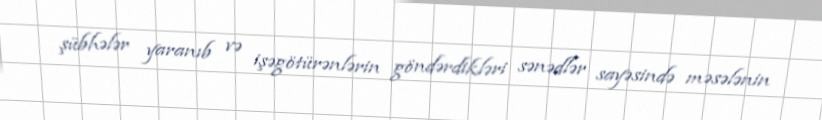
şübhələr yaranıb və işəgötürənlərin göndərdikləri sənədlər sayəsində məsələnin